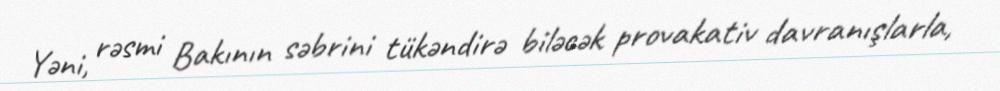
Yəni, rəsmi Bakının səbrini tükəndirə biləcək provakativ davranışlarla,